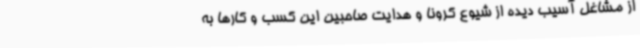
از مشاغل آسیب دیده از شیوع کرونا و هدایت صاحبین این کسب و کارها به